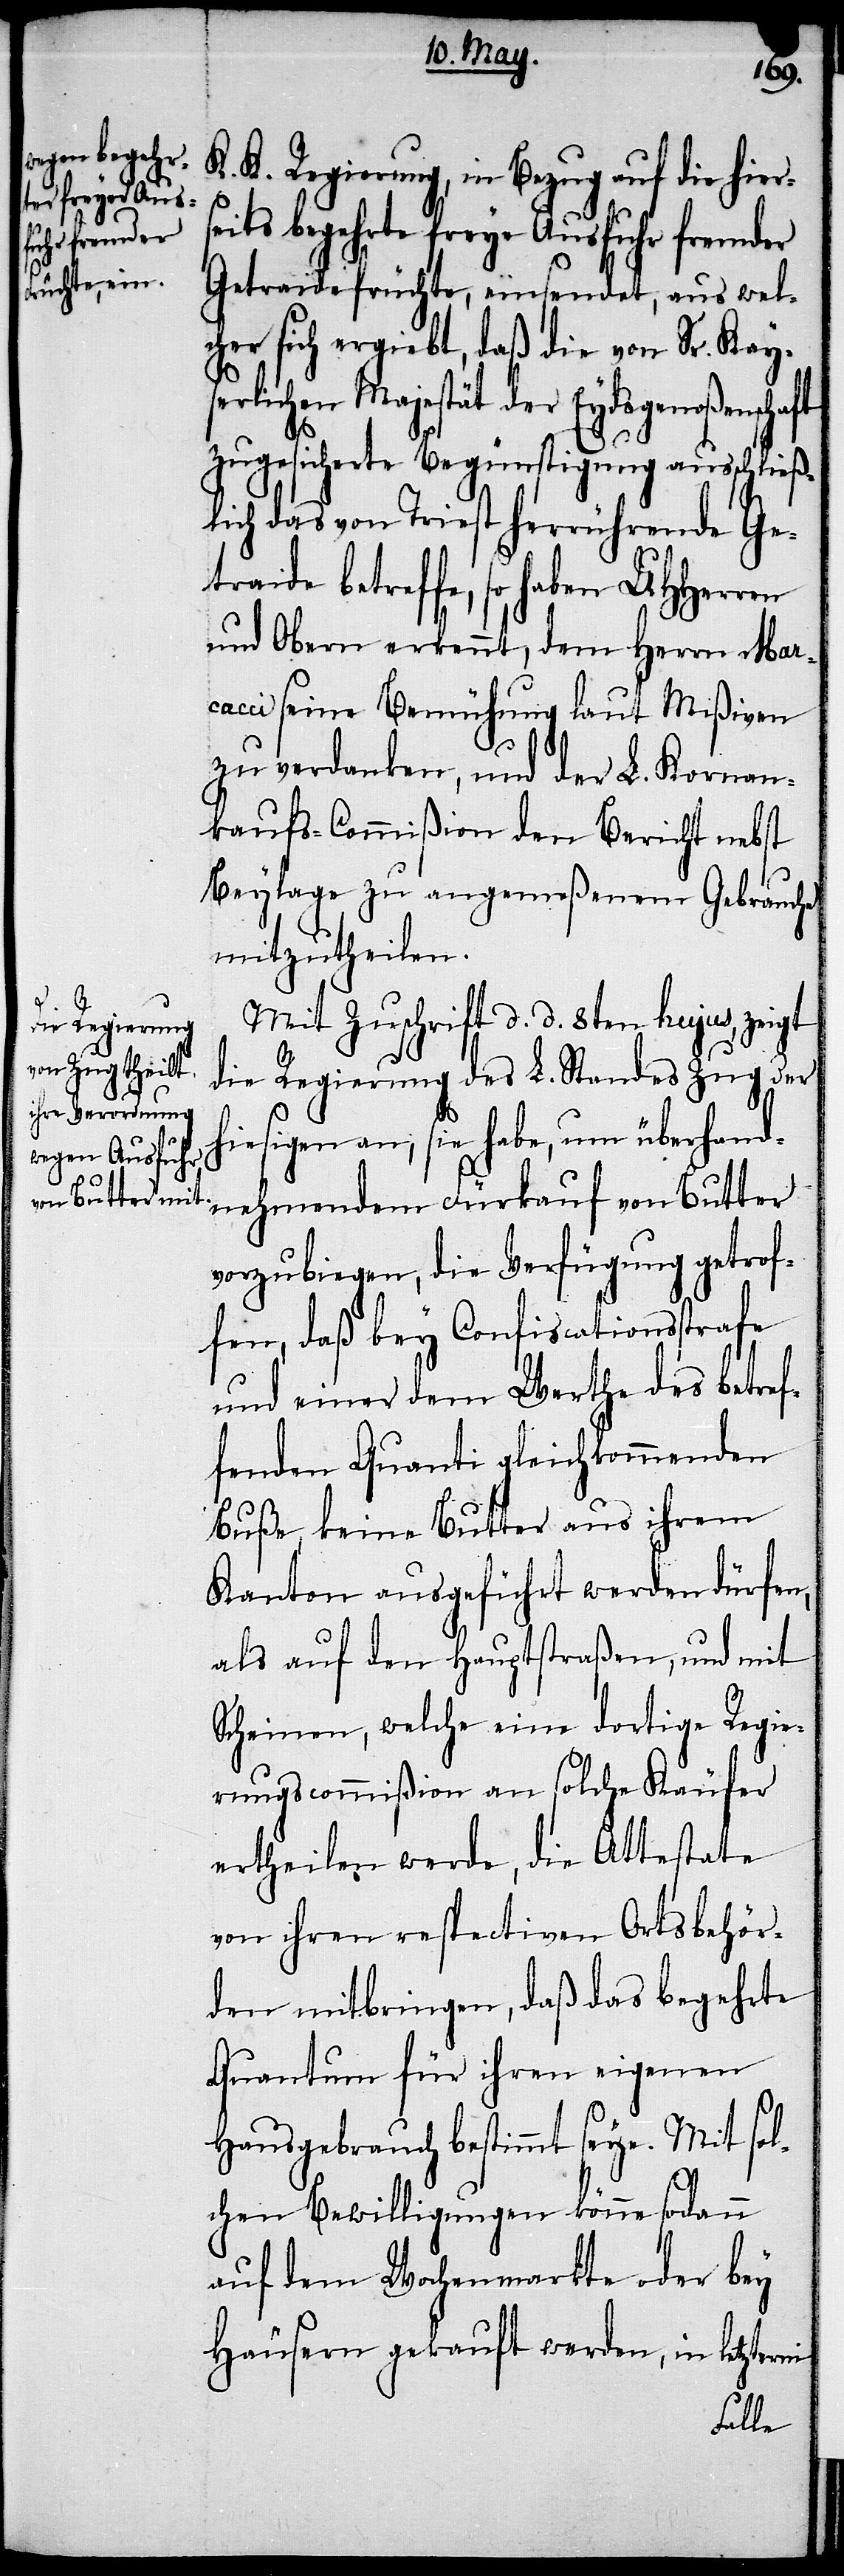
s¬

K. K. Regierung, in Bezug auf die hier¬
eits begehrte freye Ausfuhr fremder
Getraidefrüchte, einsendet, aus wel¬
cher sich ergiebt, daß die von Sr. Kay¬
ichen Majestät der Eydsgenoßensc¬
zugesicherte Begünstigung ausschließl¬
ich das von Triest herrührende Ge¬
traide betreffe, so haben UHHerren
und Obern erkennt, dem Herrn Mar¬
cacci seine Bemühung laut Mißiven
zu verdanken, und der L. Kornver¬
kaufs-Commißion den Bericht nebst
Beylage zu angemeßenem Gebrauche
mitzutheilen.
Mit Zuschrift d. d. 8ten hujus, zeigt
die Regierung des L. Standes Zug der
hiesigen an, sie habe, um überhand¬
nehmenden Fürkauf von Butter
vorzubiegen, die Verfügung getrof¬
fen, daß bey Confiscationsstrafe
und einer dem Werthe des betref¬
fenden Quanti gleichkommenden
Buße, keine Butter aus ihrem
Kanton ausgeführt werden dürfen,
als auf den Hauptstraßen, und mit
Scheinen, welche eine dortige Regie¬
rungscommißion an solche Käufer
ertheilen werde, die Attestate
von ihren respectiven Ortsbehör¬
den mitbringen, daß das begehrte
Quantum für ihren eigenen
Hausgebrauch bestimmt seye. Mit sol¬
chen Bewilligungen könne sodann
auf dem Wochenmarkte oder bey
Häusern gekauft werden, in letzterm
haft